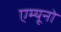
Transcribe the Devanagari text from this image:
एम्यूनो